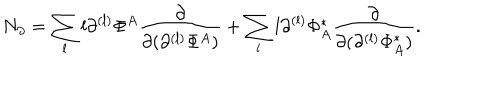
N _ { \partial } = \sum _ { l } l \partial ^ { ( l ) } \Phi ^ { A } \frac { \partial } { \partial ( \partial ^ { ( l ) } \Phi ^ { A } ) } + \sum _ { l } l \partial ^ { ( l ) } \Phi _ { A } ^ { * } \frac { \partial } { \partial ( \partial ^ { ( l ) } \Phi _ { A } ^ { * } ) } .